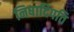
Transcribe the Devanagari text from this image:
निषादिपति